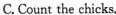
C.Count the chicks.